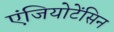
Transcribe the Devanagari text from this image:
एंजियोटेंसिन